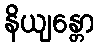
နိယျန္တော